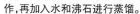
作，再加入水和沸石进行蒸馏。